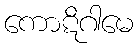
ကောဋိဂါမေ